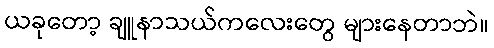
ယခုတော့ ချူနာသယ်ကလေးတွေ များနေတာဘဲ။